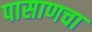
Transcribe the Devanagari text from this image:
पासाणचा